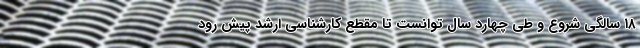
۱٨ سالگی شروع و طی چهارد سال توانست تا مقطع کارشناسی ارشد پیش رود